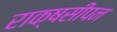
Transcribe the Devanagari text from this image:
राक्षसीपन